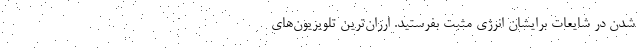
شدن در شایعات برایشان انرژی مثبت بفرستید. ارزان‌ترین تلویزیون‌های